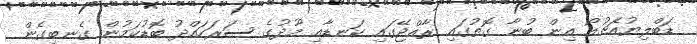
ޑަބްލިޔުއެޗުއޯ އިން ބުނާ ގޮތުގައި ރާއްޖޭގައި ކަނޑާއި މޫދުގެ ސަރަހައްދު ބޮޑުކަމުން ގެނބިގެން